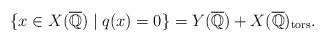
LaTeX: \begin{align*}\{x\in X( \overline{\mathbb Q}) \mid q(x)=0\}=Y( \overline{\mathbb Q}) + X( \overline{\mathbb Q})_{\rm tors}.\end{align*}